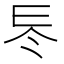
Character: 𠗁